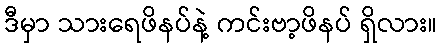
ဒီမှာ သားရေဖိနပ်နဲ့ ကင်းဗာ့ဖိနပ် ရှိလား။